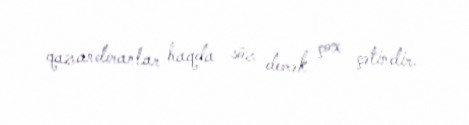
qazandıranlar haqda söz demək çox çətindir.